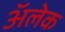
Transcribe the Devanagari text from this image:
अॅलेक